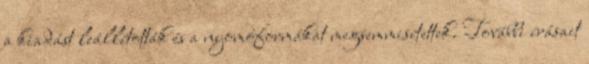
a kiadást leállították és a nyomóformákat megsemmisítettek. További írásait